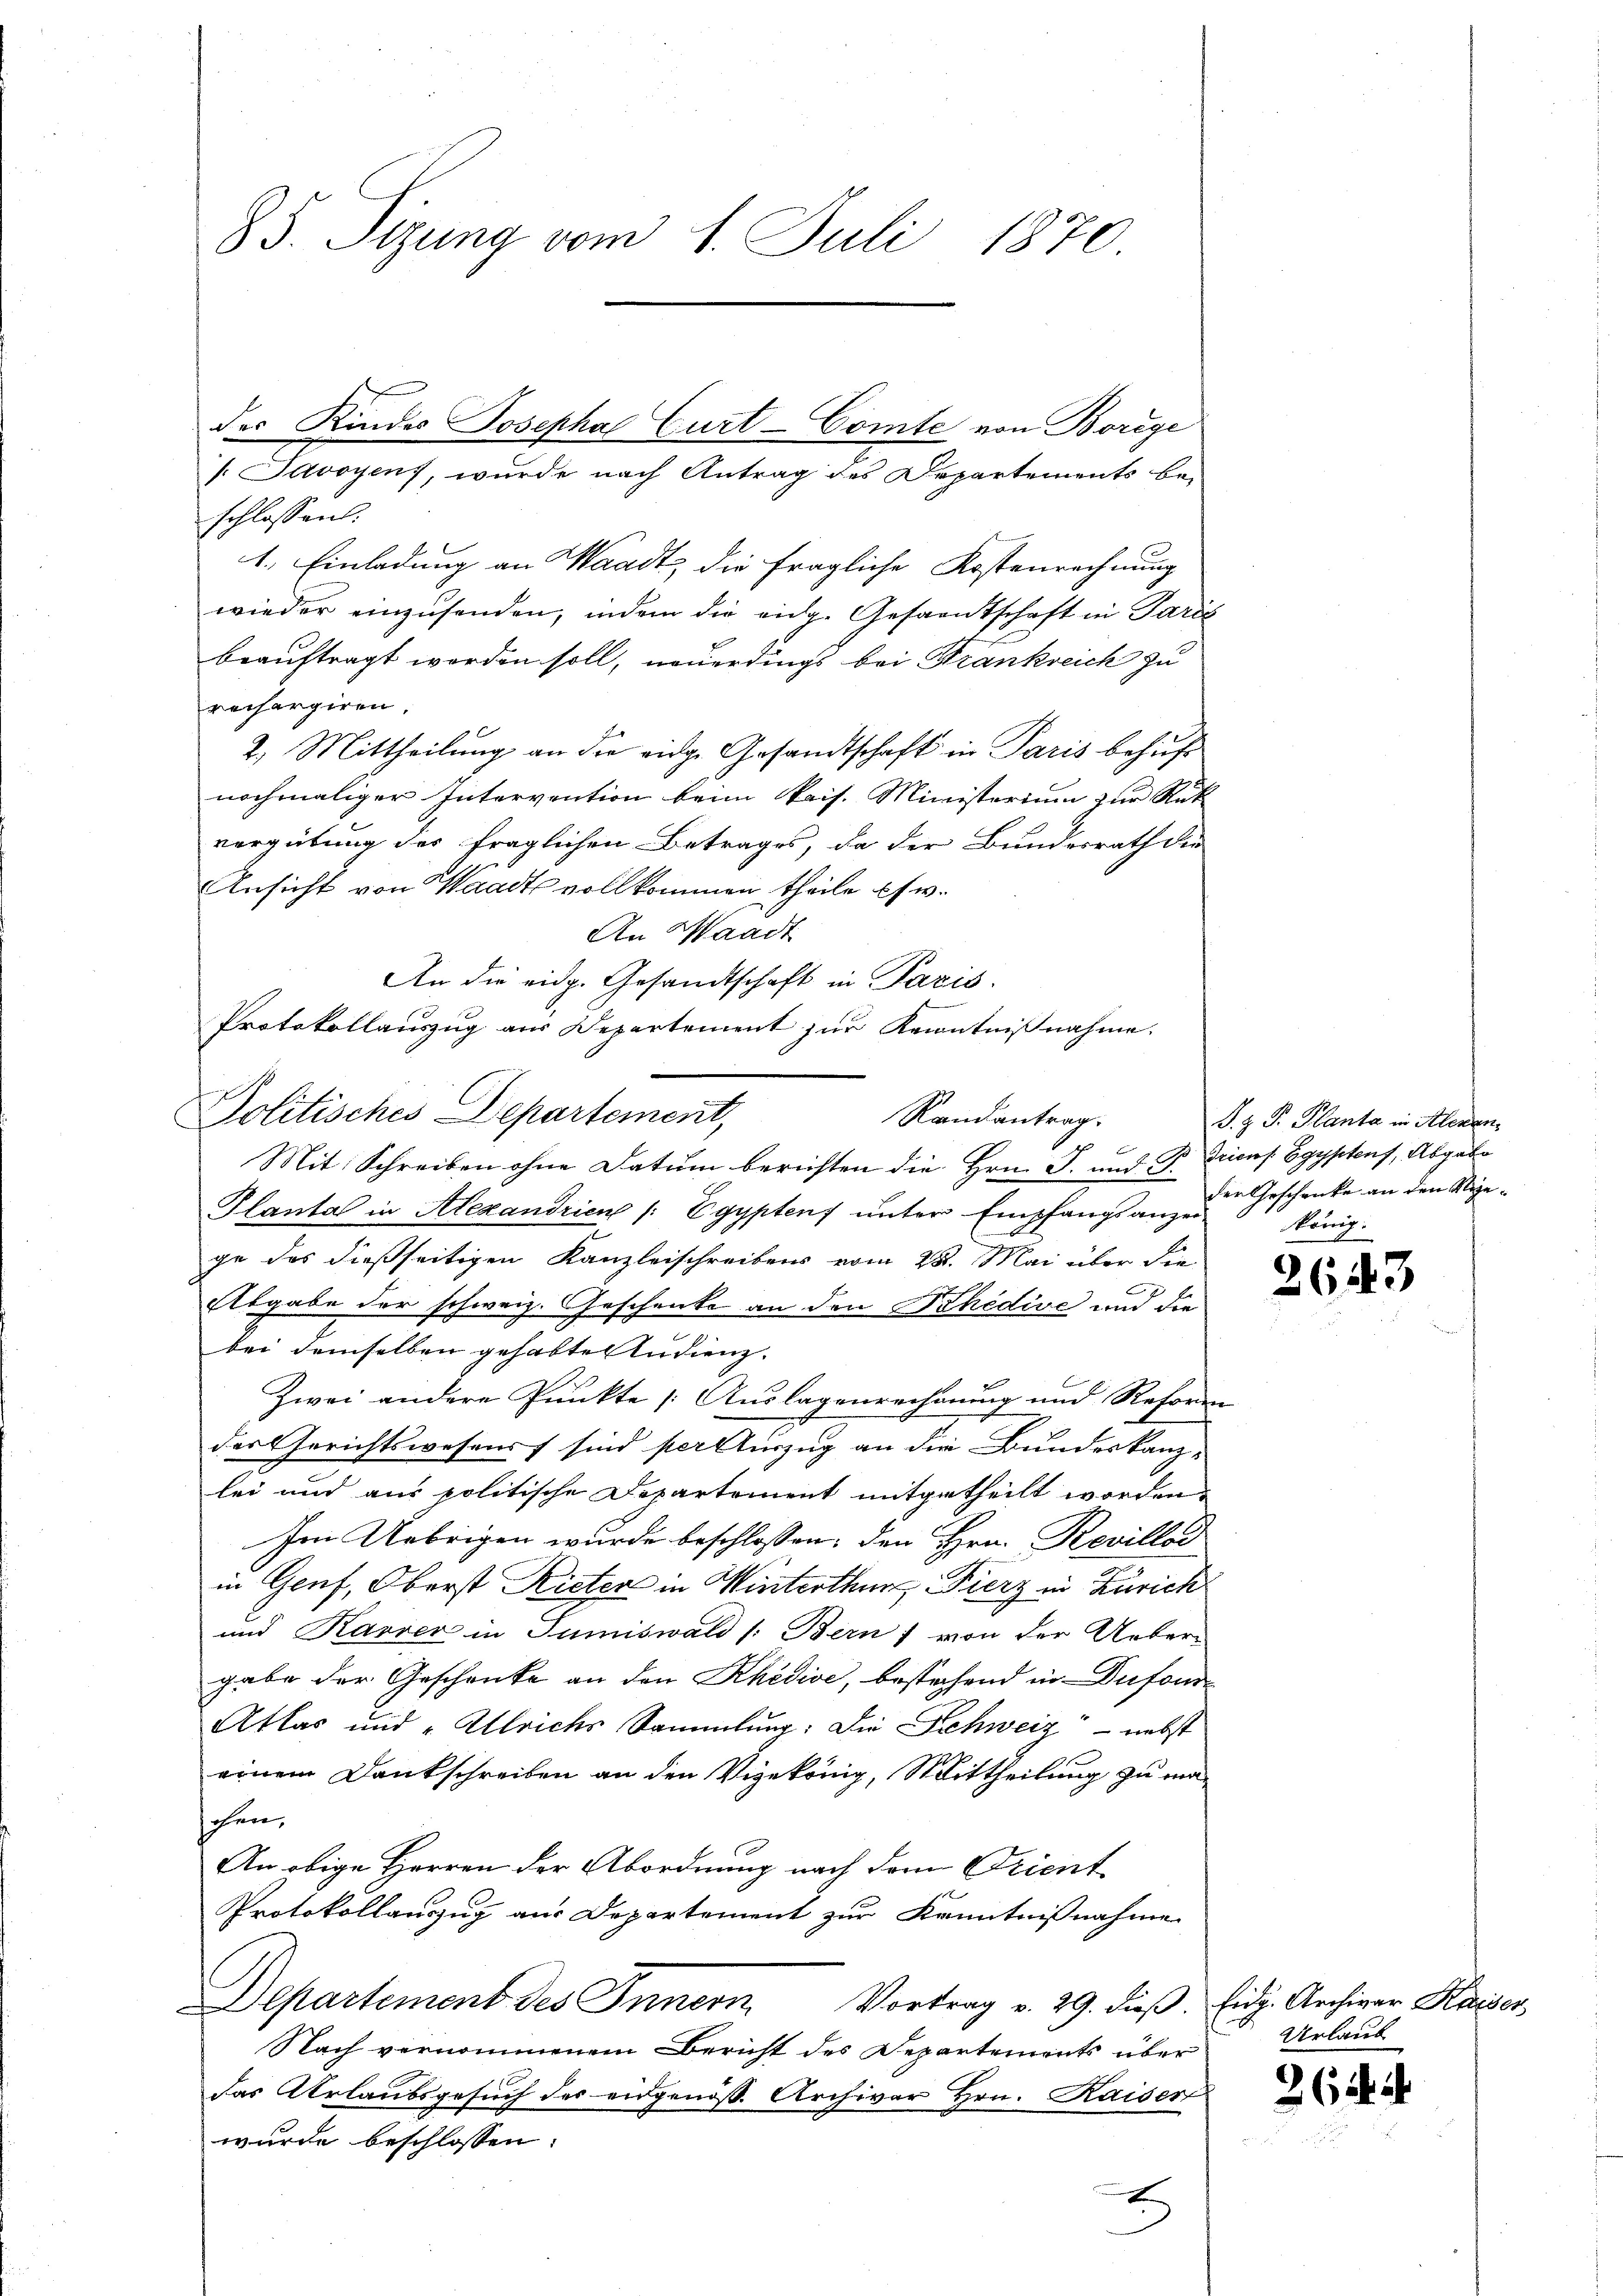
85. Sizung vom 1. Juli 1870.

/. Savoyens, wurde nach Antrag des Departements bei
schlossen:
1. Einladung an Waadt, die fragliche Kostenrechnung
wieder einzusenden, indem die eidge Gesamtschaft in Paris
beauftragt worden soll, neuerdings bei Frankreich zu
rechargiren,
2.) Mittheilung an die eidge Gesandtschaft in Paris behuf
nochmaliger Intervention beim Pris. Ministerium zur Rük
vergütung des fraglichen Betrages, da der Bundesrath die
Ansicht von Waadt vollkommen theile es w.
An Waadt
Mit Schreiben ohne Datum berichten die Hrn. J. und P. Grienf Egypten, Abgabe
Planta in Alexandrien /: Egyptens unter Empfangsanzei
ge des dießseitigen Kanzleischreibens vom 28. Mai über die
Abgabe der schweiz. Geschenke an den Schedive und die
bei demselben gehabte Studienz.
Zwei andere Punkte Auslagenrechnung und Reform
das Gerichtswesens sind per stürzug an die Bundeskanz-
lei und aus politische Departement mitgetheilt worden,
Im Uebrigen wurde beschlossen: den Hrn. Revillai
in Genf, Oberst Rieter in Winterthur. Fierz in Zürich
und Karrer in Tumiswald (Bern, von der Ueber-
gabe der Geschenke an den Khedive, bestehend in Dufour¬
Atlas und Ulrichs Sammlung: Die Schweiz - nebst
einem Dankschreiben an den Vigekönig, Mittheilung zu ma-
hohen,
An obige Herren der Abordnung nach dem Orient
Protokollauszug aus Departement zur Kenntnißnahme
Departement des Innern Vortrag v. 29. dieβ. Eidg. Archivar Kaiser
Nach vernommenem Bericht des Departements über
das Urlaubsgesuch des eidgenöss. Archivar Hrn. Kaiser
wurde beschlossen:
t

der Kindes Josepha Gurt-Comte von Borige

An die eidg. Gesandtschaft in Pazis
Protokollauszug aus Departement zur Kenntnißnahme.
Politisches Departement,
Randantrag.

J. Z. P. Planta in Alexander Geschenke an den Sigekönig.

26

3

Urlaub

26 i